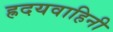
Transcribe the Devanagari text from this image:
ह्रदयवाहिनी